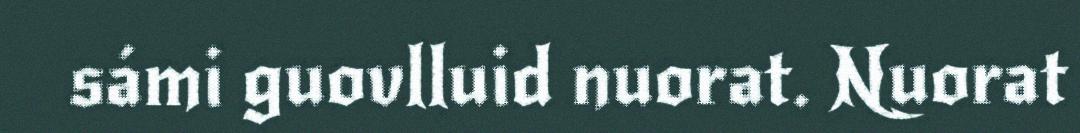
sámi guovlluid nuorat. Nuorat